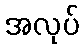
အလုပ်